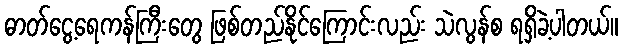
ဓာတ်ငွေ့ရေကန်ကြီးတွေ ဖြစ်တည်နိုင်ကြောင်းလည်း သဲလွန်စ ရရှိခဲ့ပါတယ်။